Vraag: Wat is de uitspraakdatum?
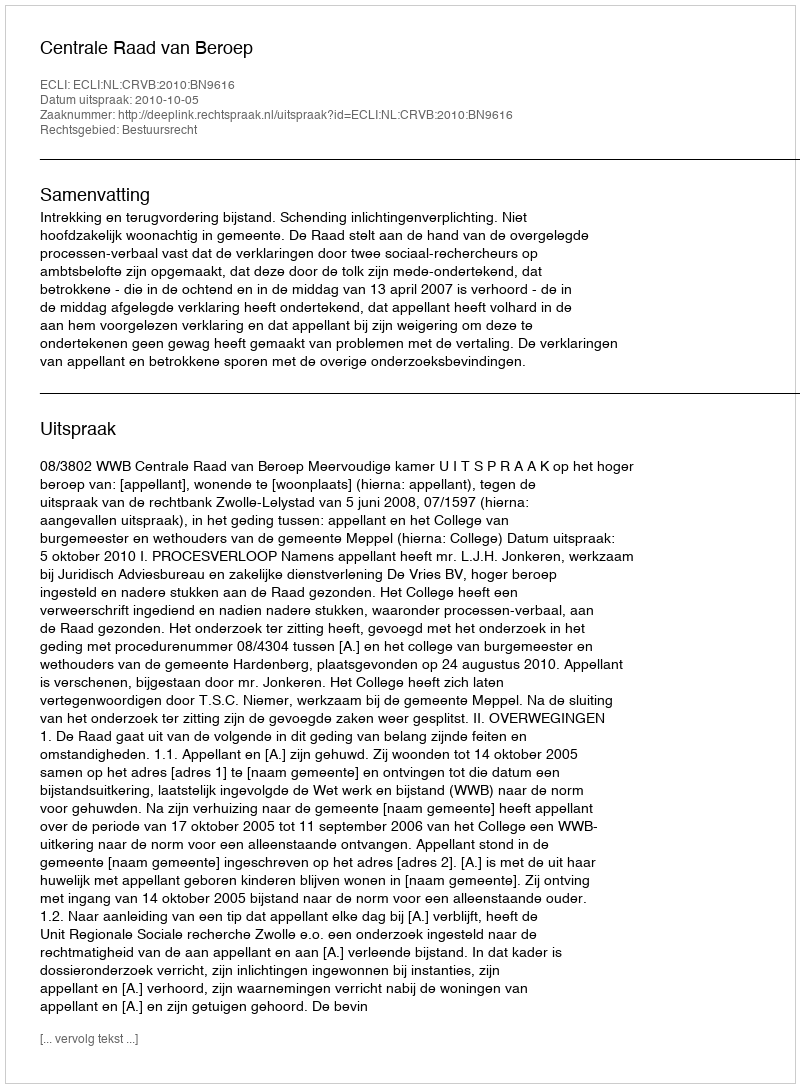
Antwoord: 2010-10-05